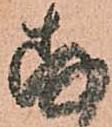
存